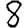
Digit: 8